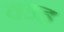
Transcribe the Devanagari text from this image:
वडह